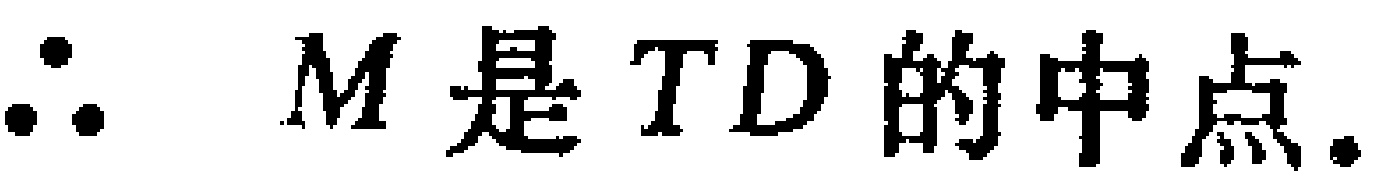
\(\therefore M是TD的中点.\)